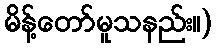
မိန့်တော်မူသနည်း။)